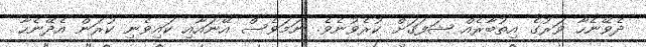
ދެވޭނެހާ ވަރުގެ އިތުބާރެއް ޝަފަޤަށް ކުރެވުނެވެ. ނަމަވެސް އޭނައާއި ކައިވެނި ކުރަން އެދޭނެހާ